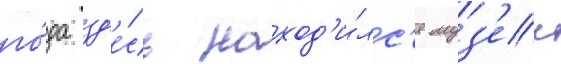
го́да зд'е́сь наход'и́лс'я муз'еи